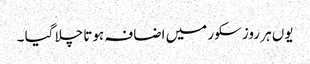
یوں ہر روز سکور میں اضافہ ہوتا چلا گیا ۔